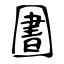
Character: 圕